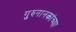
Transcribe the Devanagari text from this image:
गुरुनानकांच्या